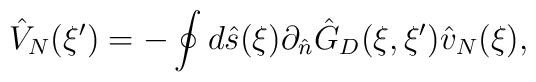
{\hat{V}_N}(\xi')=-\oint{d}\hat{s}(\xi){\partial_{\hat{n}}}{\hat{G}_D}(\xi,\xi'){\hat{v}_N}(\xi),